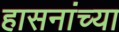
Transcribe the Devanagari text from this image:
हासनांच्या